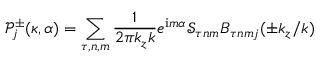
\mathcal { P } _ { j } ^ { \pm } ( \kappa , \alpha ) = \sum _ { \tau , n , m } \frac { 1 } { 2 \pi k _ { z } k } e ^ { \mathrm { i } m \alpha } \mathcal { S } _ { \tau n m } B _ { \tau n m j } ( \pm k _ { z } / k )